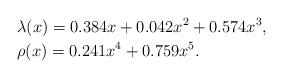
LaTeX: \begin{align*}&\lambda(x)=0.384x+0.042x^{2}+0.574x^{3},\\&\rho(x)=0.241x^{4}+0.759x^{5}.\end{align*}